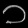
Digit: ၁